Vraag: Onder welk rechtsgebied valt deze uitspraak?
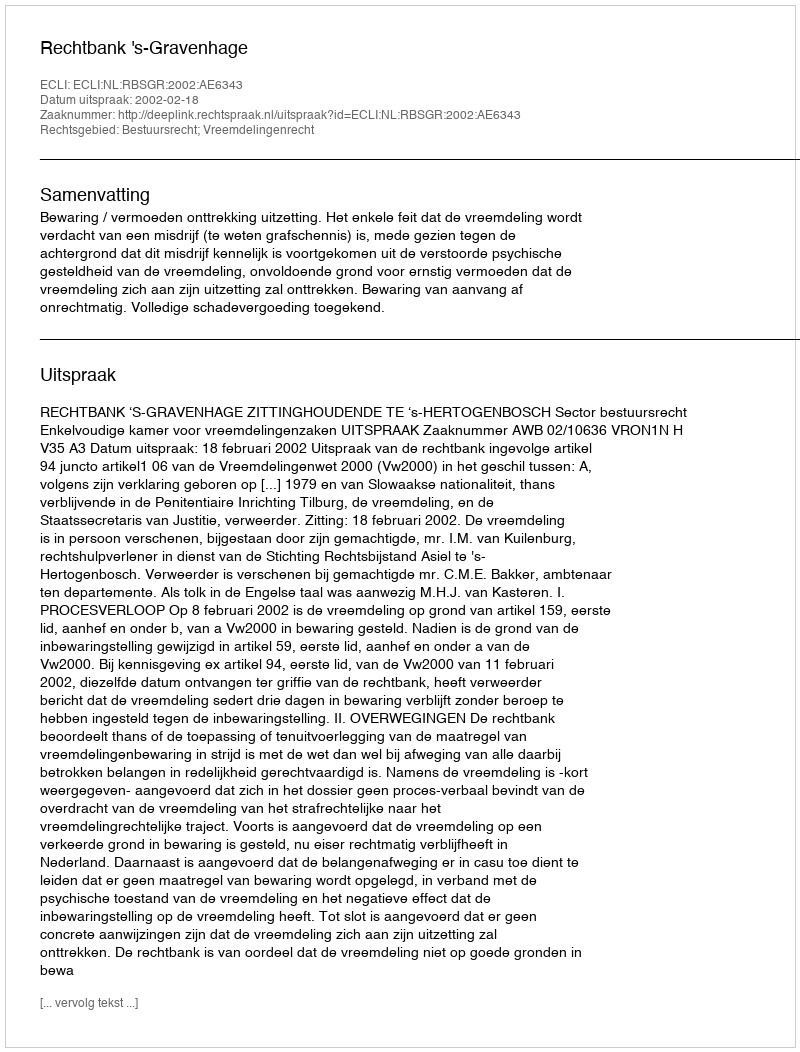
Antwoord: Bestuursrecht; Vreemdelingenrecht